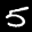
Label: 5